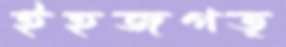
ইহজগত্